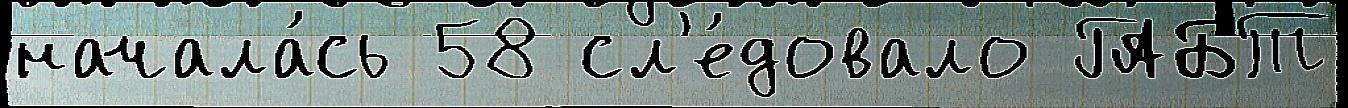
начала́сь 58 сл'е́довало ГАБТ